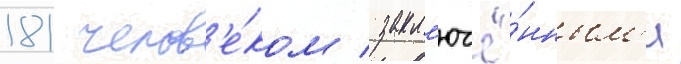
181 челов'е́ком / закл'ючё́нным'и